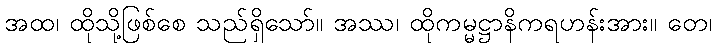
အထ၊ ထိုသို့ဖြစ်စေ သည်ရှိသော်။ အဿ၊ ထိုကမ္မဋ္ဌာနိကရဟန်းအား။ တေ၊